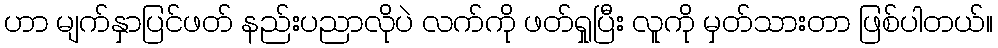
ဟာ မျက်နှာပြင်ဖတ် နည်းပညာလိုပဲ လက်ကို ဖတ်ရှုပြီး လူကို မှတ်သားတာ ဖြစ်ပါတယ်။